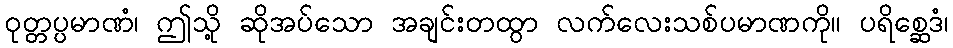
ဝုတ္တပ္ပမာဏံ၊ ဤသို့ ဆိုအပ်သော အချင်းတထွာ လက်လေးသစ်ပမာဏကို။ ပရိစ္ဆေဒံ၊